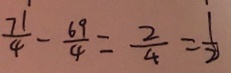
\frac { 7 1 } { 4 } - \frac { 6 9 } { 4 } = \frac { 2 } { 4 } = \frac { 1 } { 2 }